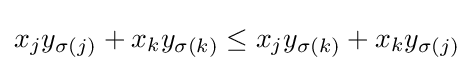
x_{j}y_{\sigma (j)}+x_{k}y_{\sigma (k)}\leq x_{j}y_{\sigma (k)}+x_{k}y_{\sigma (j)}